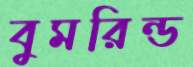
বুমরিন্ড